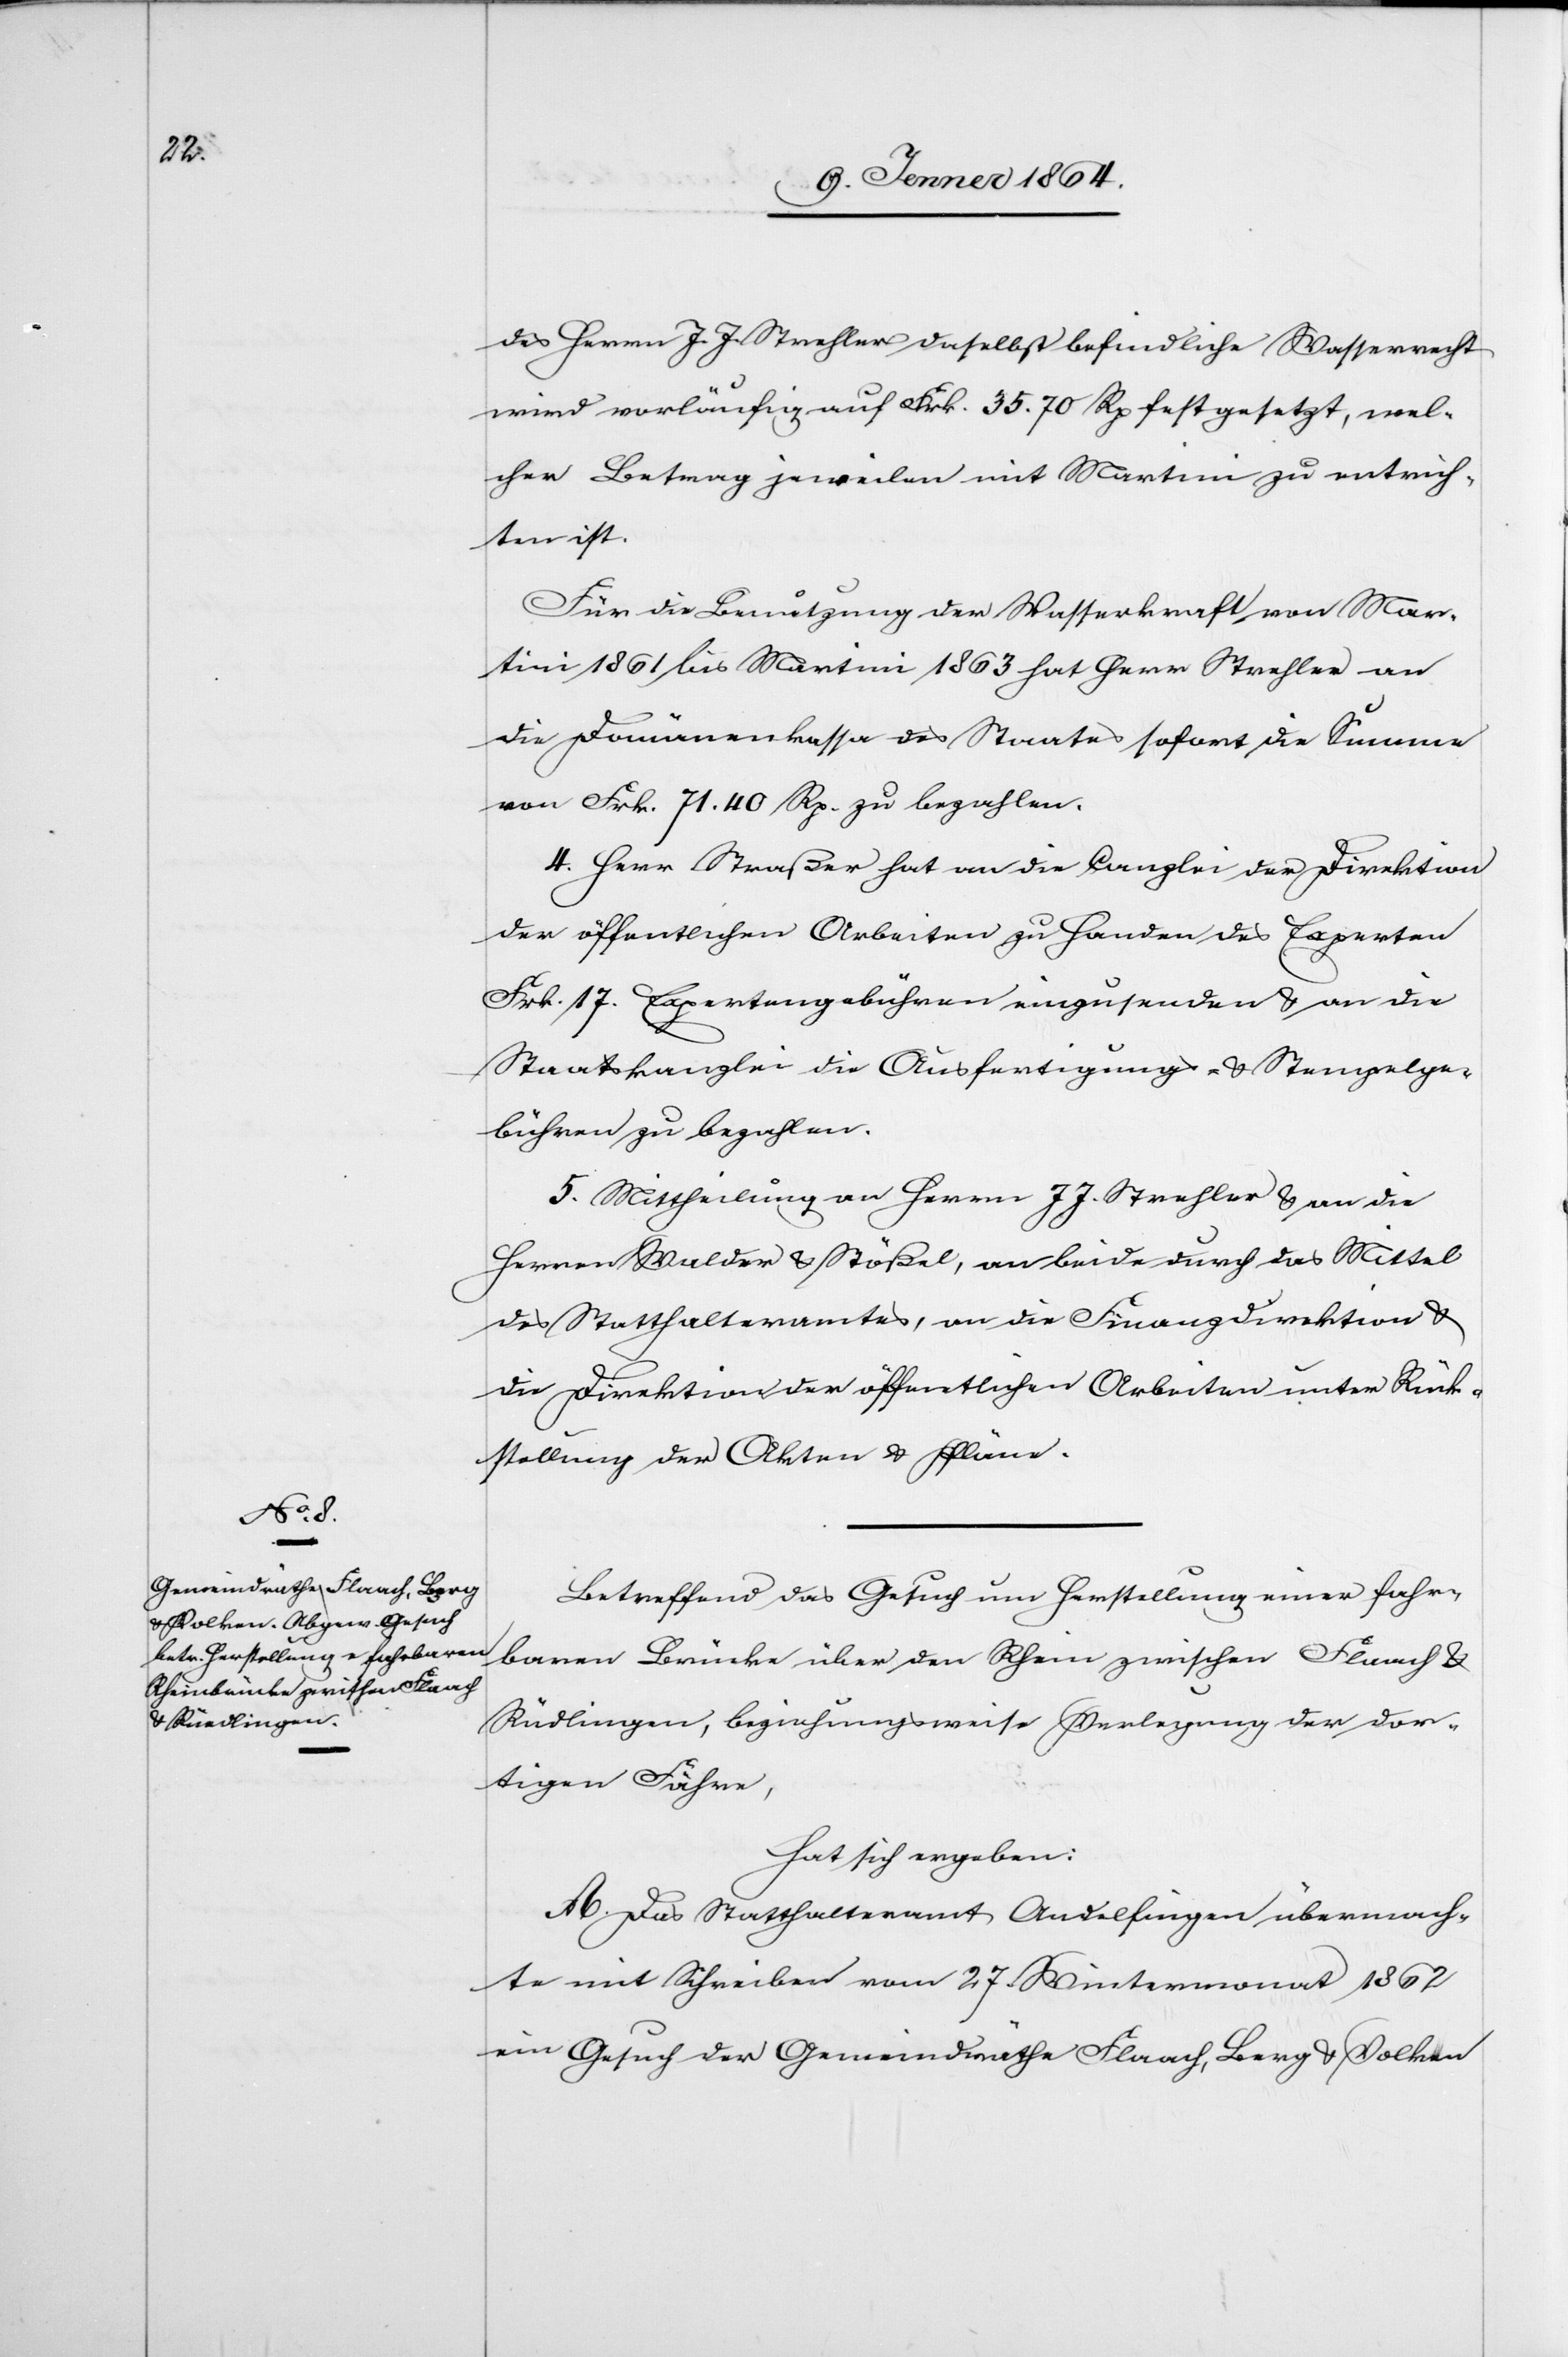
des Herrn J. J. Strehler daselbst befindliche Wasserrecht
wird vorläufig auf Frk. 35.70 Rp festgesetzt, wel¬
cher Betrag jeweilen mit Martini zu entrich¬
ten ist.
Für die Benutzung der Wasserkraft von Mar¬
tini 1861 bis Martini 1863 hat Herr Strehler an
die Domänenkasse des Staates sofort die Summe
von Frk. 71.40 Rp. zu bezahlen.
4. Herr Straßer hat an die Canzlei der Direktion
der öffentlichen Arbeiten zu Handen des Experten
Frk. 17. Expertengebühren einzusenden u. an die
Staatskanzlei die Ausfertigungs- u. Stempelge¬
bühren zu bezahlen.
5. Mittheilung an Herrn J. J. Strehler u. an die
Herren Walder u. Stößel, an beide durch das Mittel
des Statthalteramtes, an die Finanzdirektion u.
die Direktion der öffentlichen Arbeiten unter Rück¬
stellung der Akten u. Pläne.